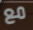
مع